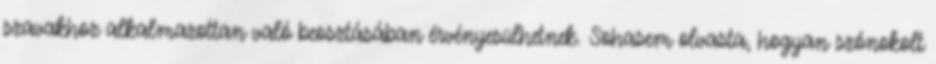
szavakhoz alkalmazottan való beosztásában érvényesülhetnek. Sohasem olvasta, hogyan szónokolt